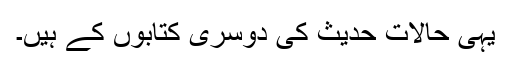
یہی حالات حدیث کی دوسری کتابوں کے ہیں۔